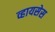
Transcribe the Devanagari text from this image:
व्हायसेस